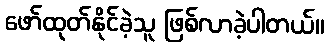
ဖော်ထုတ်နိုင်ခဲ့သူ ဖြစ်လာခဲ့ပါတယ်။